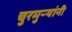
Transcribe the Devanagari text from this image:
चुरमुऱ्यांनी